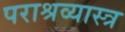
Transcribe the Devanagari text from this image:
पराश्रव्यास्त्र